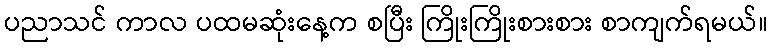
ပညာသင် ကာလ ပထမဆုံးနေ့က စပြီး ကြိုးကြိုးစားစား စာကျက်ရမယ်။